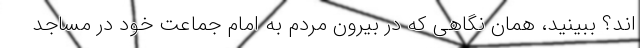
اند؟ ببینید، همان نگاهی که در بیرون مردم به امام جماعت خود در مساجد